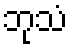
ဘုသံ